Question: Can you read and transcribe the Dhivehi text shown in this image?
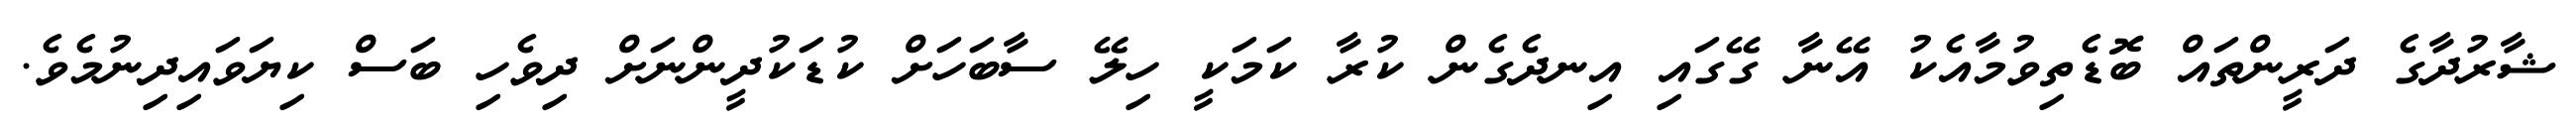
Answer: ޝާރުދާގެ ދަރީންތައް ބޮޑެތިވުމާއެކު އޭނާ ގޭގައި އިނދެގެން ކުރާ ކަމަކީ ހިލޭ ސާބަހަށް ކުޑަކުދީންނަށް ދިވެހި ބަސް ކިޔަވައިދިނުމެވެ.